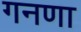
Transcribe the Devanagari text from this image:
गनणा